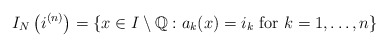
\begin{align*}I_N \left(i^{(n)}\right) = \{x \in I \setminus {\mathbb{Q}}: a_k(x) = i_k\mbox{ for } k=1,\ldots,n \} \end{align*}